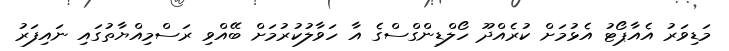
މަޑިވަރު އެއާޕޯޓު އެޅުމަށް ކުރެއްދޫ ހޯލްޑިންގްސްގެ އާ ހަވާލުކުރުމަށް ބޭއްވި ރަސްމިއްޔާތުގައި ނައިފަރު